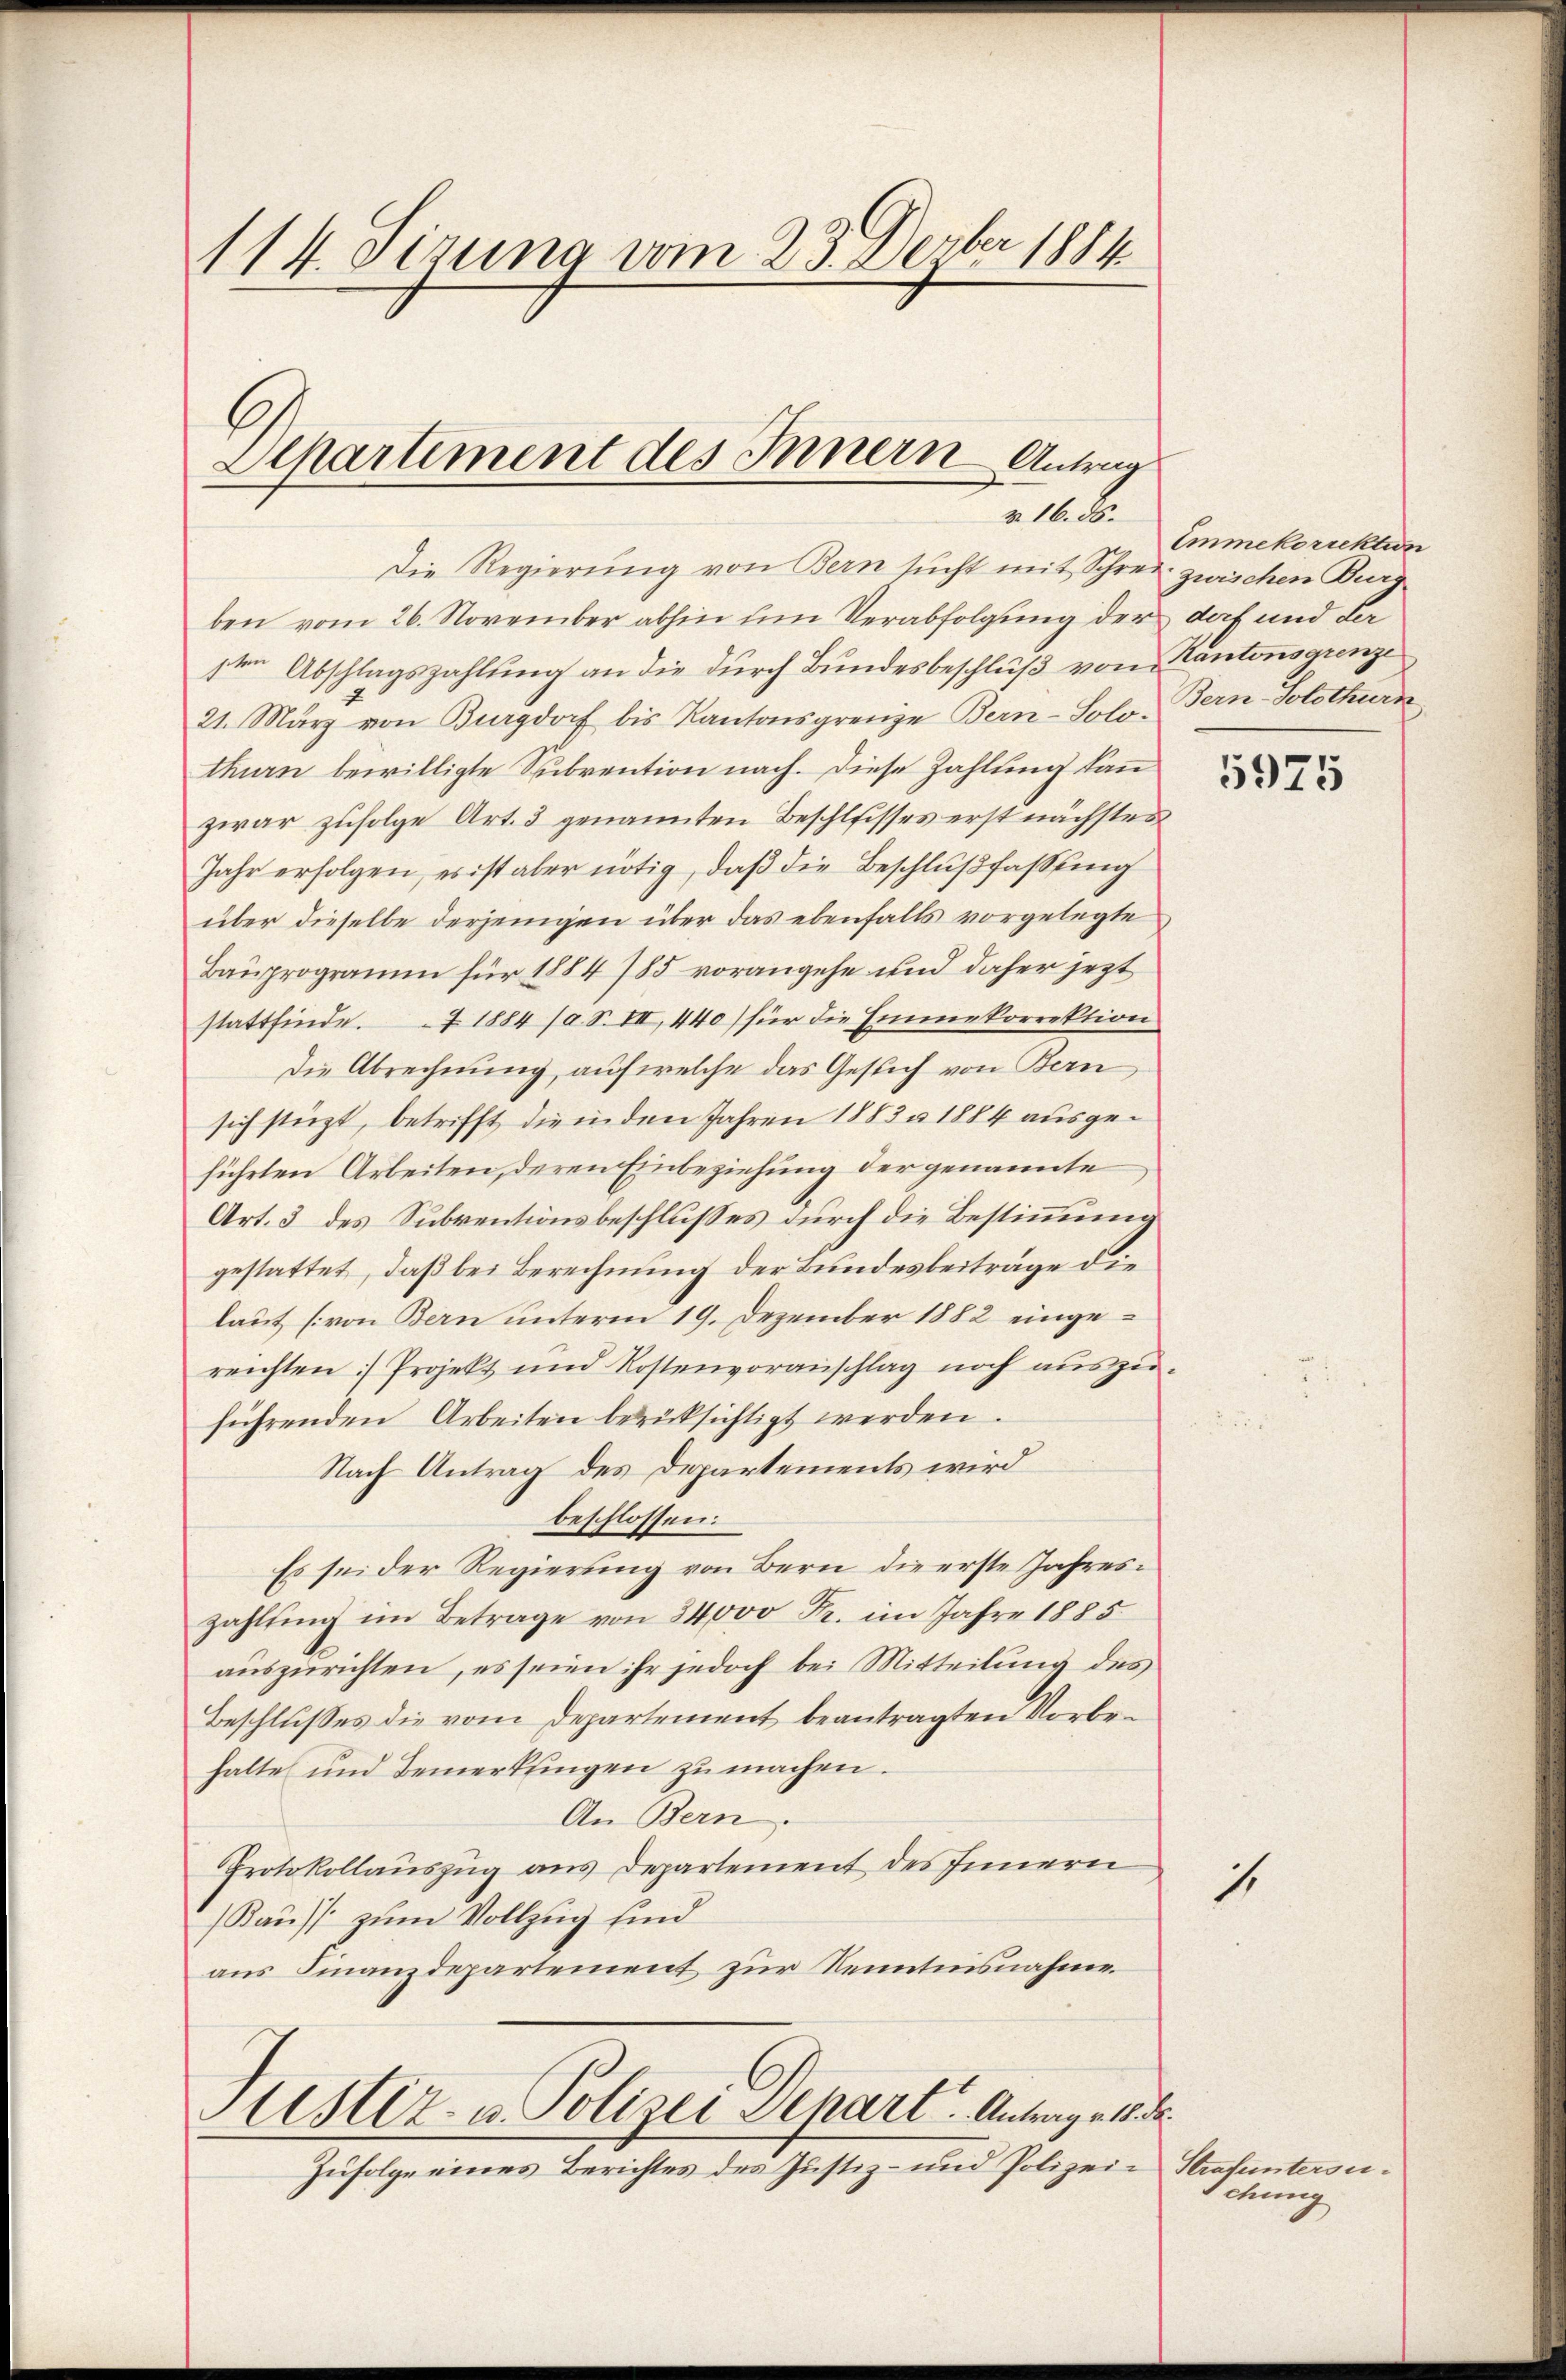
114. Tizuna vom 23. Deuber 1884

Separtement des Innern Antrag
r 16. ds.

Stistiz- u. Polizei Depart. Antrage 18. d.

Die Regierung von Bern sucht mit Schrei zwischen Burg
ben vom 26. November abhin um Verabfolgung der doch und Lasten Abschlagszahlung an die durch Bundesbeschluß von Kantonsgrenze
21. März von Burgdorf bis Kantonsgrenze Bern-Solo- Bern-Solothurde
thurn bewilligte Subvention nach. Diese Zahlung kann
zwar zufolge Art. 3 genannten Beschlusses erst nächstes
Jahr erfolgen, es ist aber nötig, daß die Beschlußfassung
über dieselbe derjenigen über das ebenfalls vorgelegte
Bauprogramm für 1884 785 vorangehe und daher jezt
stattfinde. 1884 /a S. III 440) für die Emmekorrektion
Die Abrechnung, auf welche das Gesich von Bern
sich stüzt, betrifft, die in den Jahren 1883 n 1884 ausgeführten Arbeiten, deren Einbeziehung der genannte
Art. 3 des Subventionsbeschlusses durch die Bestimmung
gestattet, daß bei Berechnung der Bundesbeiträge die
laut (von Bern unterm 19. Dezember 1882 eingereichten Projekt und Kostenvoranschlag noch aŭszŭ-
führenden Arbeiten berücksichtigt werden.
Nach Antrag des Departements wird
beschlossen:
Es sei der Regierung von Bern die erste Jahreszahlŭng im Betrage von 24000 Fr. im Jahre 1885
auszurichten, es seien ihr jedoch bei Mitteilung des
Beschlusses die vom Departement beantragten Vorbehalte und Bemerkungen zu machen.
An Bern.
Protokollauszug aus Departement des Innern
Kaufs zum Vollzug sind
aus Finanzdepartement zur Kenntnisnahme

Zufolge eines Berichtes des Justiz- und Polizei Strafuntersu¬

Emmekorrektion

1

5975

Sitzung